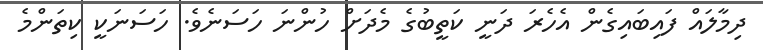
ދިމާލައް ފައިބައިގެން އެހެރަ ދަނީ ކަތީބުގެ މެދަށް ހުންނަ ހަސަނެވެ. ހަސަނަކީ ކިތަންމެ